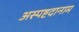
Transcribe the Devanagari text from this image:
अस्पष्टदानाम